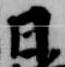
日